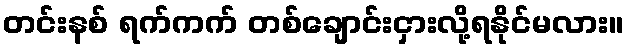
တင်းနစ် ရက်ကက် တစ်ချောင်းငှားလို့ရနိုင်မလား။